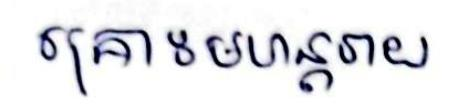
គ្រោះមហន្ដរាយ